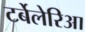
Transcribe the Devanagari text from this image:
टर्बेलेरिआ